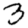
Digit: 3